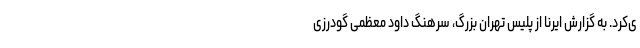
ی‌کرد. به گزارش ایرنا از پلیس تهران بزرگ، سرهنگ داود معظمی گودرزی